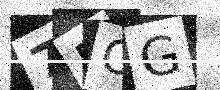
Text: 75OG